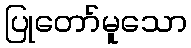
ပြုတော်မူသော